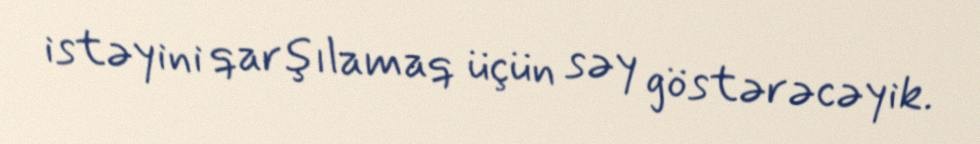
istəyini qarşılamaq üçün səy göstərəcəyik.